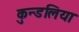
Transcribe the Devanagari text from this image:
कुन्डलिया